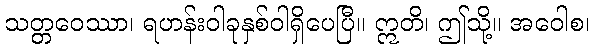
သတ္တဝေဿာ၊ ရဟန်းဝါခုနှစ်ဝါရှိပေပြီ။ ဣတိ၊ ဤသို့။ အဝေါစ၊